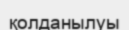
қолданылуы